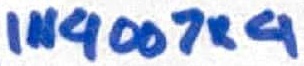
Text: IN4007×4